Lunatic asylums Central Provinces reports 1886-1894 - 1886-1894
Year: 1886
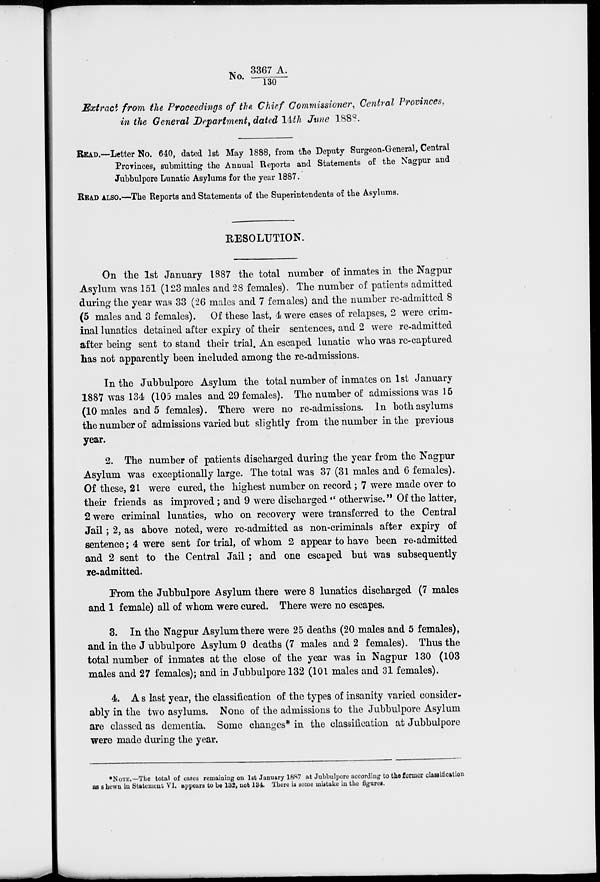
No.3367 A./130
Extract from the Proceedings of the Chief Commissioner, Central Provinces,
in the General Department, dated 14th June 1888.
READ.—-Letter No. 640, dated 1st May 1888, from the Deputy Surgeon-General, Central
Provinces, submitting the Annual Reports and Statements of the Nagpur and
Jubbulpore Lunatic Asylums for the year 1887.
READ ALSO.—The Reports and Statements of the Superintendents of the Asylums.
RESOLUTION.
On the 1st January 1887 the total number of inmates in the Nagpur
Asylum was 151 (123males and 28 females). The number of patients admitted
during the year was 33 (26 males and 7 females) and the number re-admitted 8
(5 males and 3 females). Of these last, 4 were cases of relapses, 2 were crim-
inal lunatics detained after expiry of their sentences, and 2 were re-admitted
after being sent to stand their trial. An escaped lunatic who was re-captured
has not apparently been included among the re-admissions.
In the Jubbulpore Asylum the total number of inmates on 1st January
1887 was 134 (105 males and 29 females). The number of admissions was 15
(10 males and 5 females). There were no re-admissions. In both asylums
the number of admissions varied but slightly from the number in the previous
year.
2. The number of patients discharged during the year from the Nagpur
Asylum was exceptionally large. The total was 37 (31 males and 6 females).
Of these, 21 were cured, the highest number on record ; 7 were made over to
their friends as improved; and 9 were discharged " otherwise." Of the latter,
2 were criminal lunatics, who on recovery were transferred to the Central
Jail; 2, as above noted, were re-admitted as non-criminals after expiry of
sentence; 4 were sent for trial, of whom 2 appear to have been re-admitted
and 2 sent to the Central Jail ; and one escaped but was subsequently
re-admitted.
From the Jubbulpore Asylum there were 8 lunatics discharged (7 males
and 1 female) all of whom were cured. There were no escapes.
3. In the Nagpur Asylum there were 25 deaths (20 males and 5 females),
and in the Jubbulpore Asylum 9 deaths (7 males and 2 females). Thus the
total number of inmates at the close of the year was in Nagpur 130 (103
males and 27 females); and in Jubbulpore 132 (101 males and 31 females).
4. As last year, the classification of the types of insanity varied consider-
ably in the two asylums. None of the admissions to the Jubbulpore Asylum
are classed as dementia. Some changes* in the classification at Jubbulpore
were made during the year.
*NOTE.—The total of cases remaining on 1st January 1887 at Jubbulpore according to the former classification
as shewn in Statement VI. appears to be 132, not 134. There is some mistake in the figures.